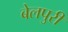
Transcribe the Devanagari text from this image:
बेलपुरी